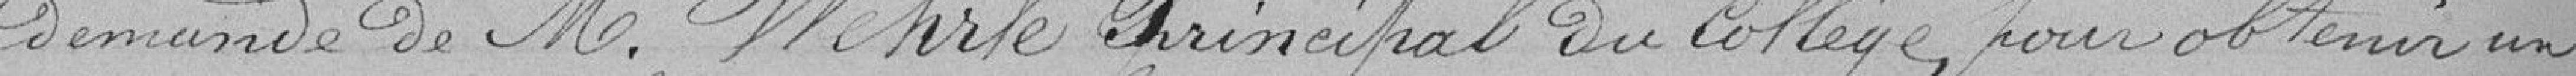
demande de Monsieur Wehrle Principal du collège pour obtenir un